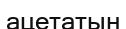
ацетатын